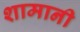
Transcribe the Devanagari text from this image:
शामानी